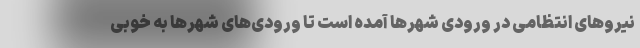
نیروهای انتظامی در ورودی شهرها آمده است تا ورودی‌های شهرها به خوبی